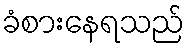
ခံစားနေရသည်